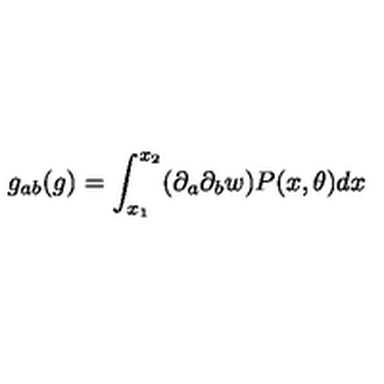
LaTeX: g _ { a b } ( g ) = \int _ { x _ { 1 } } ^ { x _ { 2 } } ( \partial _ { a } \partial _ { b } w ) P ( x , \theta ) d x